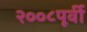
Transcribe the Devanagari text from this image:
२००८पूर्वी